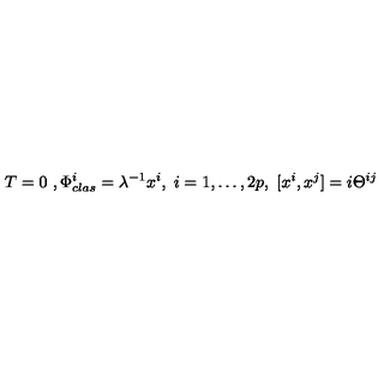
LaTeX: T = 0 \ , \Phi _ { c l a s } ^ { i } = \lambda ^ { - 1 } x ^ { i } , \ i = 1 , \dots , 2 p , \ [ x ^ { i } , x ^ { j } ] = i \Theta ^ { i j }